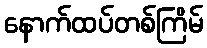
နောက်ထပ်တစ်ကြိမ်